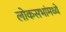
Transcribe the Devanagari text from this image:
लोकसभांमध्ये